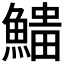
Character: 𩺅